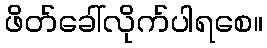
ဖိတ်ခေါ်လိုက်ပါရစေ။